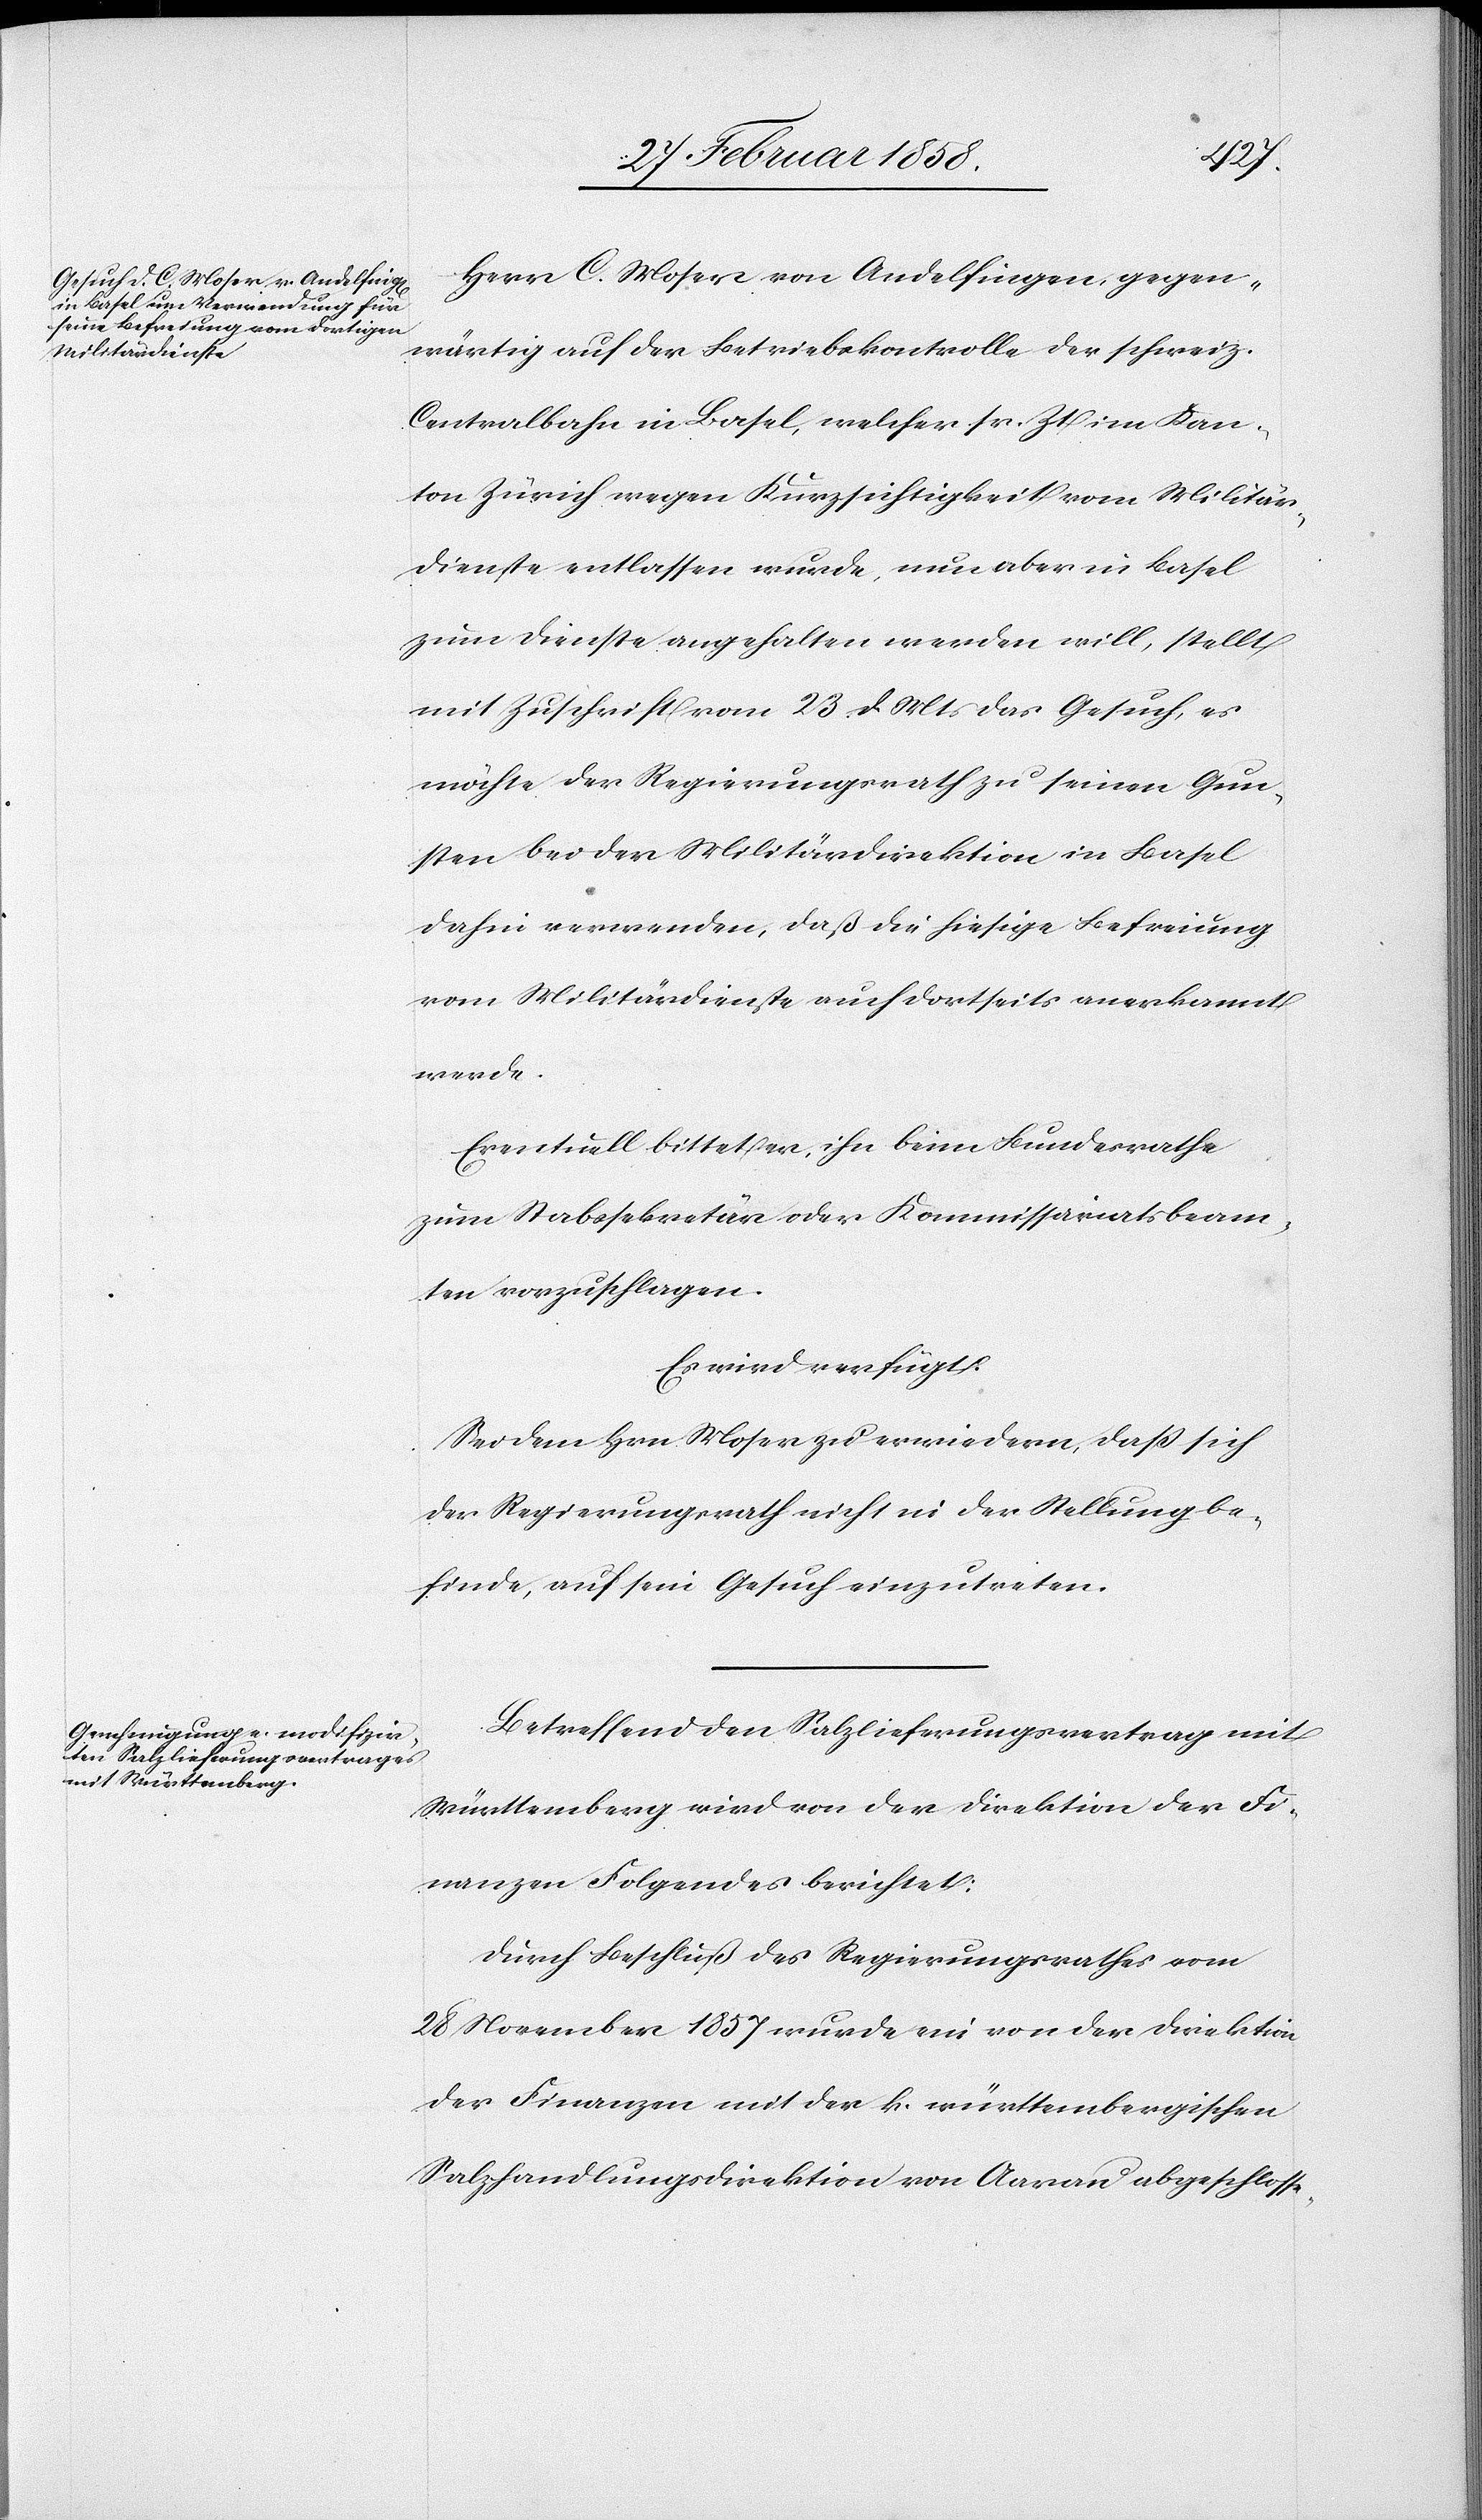
Herr C. Moser von Andelfingen, gegen¬
wärtig auf der Betriebskontrolle der schweiz.
Centralbahn in Basel, welcher sr. Zt. im Kan¬
ton Zürich wegen Kurzsichtigkeit vom Militär¬
dienste entlassen wurde, nun aber in Basel
zum Dienste angehalten werden will, stellt
mit Zuschrift vom 23 d. Mts das Gesuch, es
möchte [sich] der Regierungsrath zu seinen Gun¬
sten bei der Militärdirektion in Basel
dahin verwenden, daß die hiesige Befreiung
vom Militärdienste auch dortseits anerkannt
werde.
Eventuell bittet er, ihn beim Bundesrathe
zum Stabssekretär oder Kommissariatsbeam¬
ten vorzuschlagen.
Es wird verfügt:
Sei dem Hrn. Moser zu erwiedern, daß sich
der Regierungsrath nicht in der Stellung be¬
finde, auf sein Gesuch einzutreten.
Betreffend den Salzlieferungsvertrag mit
Württemberg wird von der Direktion der Fi¬
nanzen Folgendes berichtet:
Durch Beschluß des Regierungsrathes vom
28 November 1857 wurde ein von der Direktion
der Finanzen mit der k. württembergischen
Salzhandlungsdirektion von Aarau abgeschlosse-